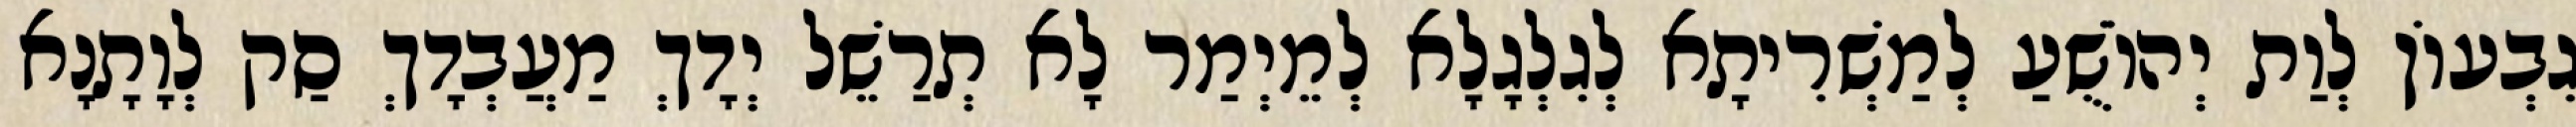
גִבְעוֹן לְוַת יְהוֹשֻׁעַ לְמַשְׁרִיתָא לְגִלְגָלָא לְמֵיְמַר לָא תְרַשֵׁל יְדָךְ מַעֲבְדָךְ סַק לְוָתָנָא